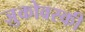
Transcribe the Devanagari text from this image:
ज़ुकोवस्की